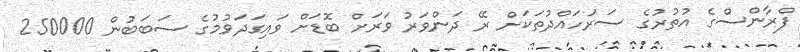
ފްރާންސްގެ އުތުރުގެ ސަރަހައްދުތަކަށް ރޭ ދަންވަރު ވަރަށް ބޮޑަށް ވައިގަދަވުމުގެ ސަބަބުން 250000